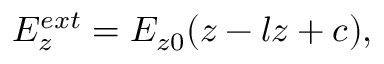
E _ { z } ^ { e x t } = { E _ { z 0 } } { ( z - l z + c ) } { , }